Annual report on the working of the lock hospitals in the North-Western Provinces and Oudh
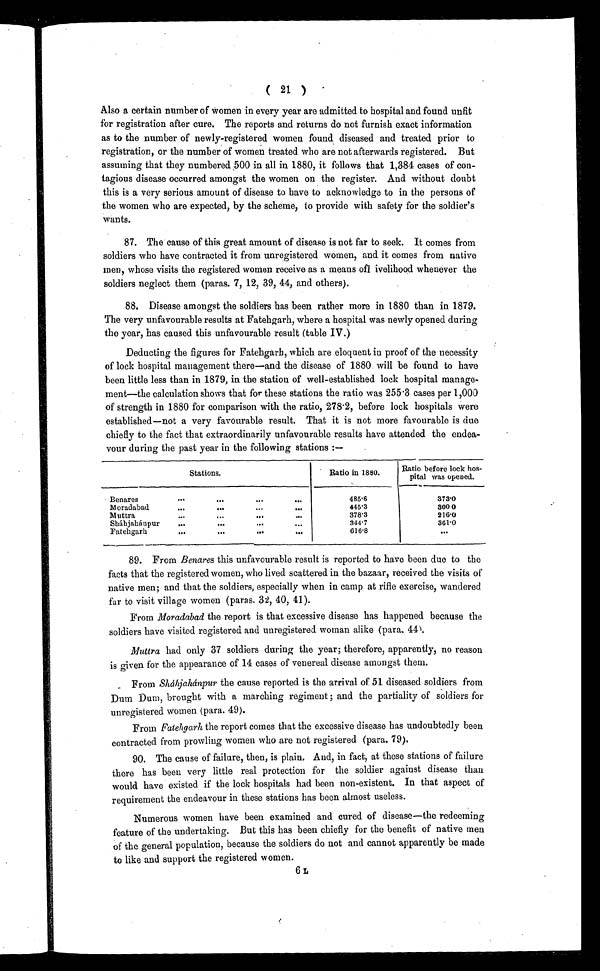
( 21 )
Also a certain number of women in every year are admitted to hospital and found unfit
for registration after cure. The reports and returns do not furnish exact information
as to the number of newly-registered women found diseased and treated prior to
registration, or the number of women treated who are not afterwards registered. But
assuming that they numbered 500 in all in 1880, it follows that 1,384 cases of con-
tagious disease occurred amongst the women on the register. And without doubt
this is a very serious amount of disease to have to acknowledge to in the persons of
the women who are expected, by the scheme, to provide with safety for the soldier's
wants.
87. The cause of this great amount of disease is not far to seek. It comes from
soldiers who have contracted it from unregistered women, and it comes from native
men, whose visits the registered women receive as a means ofl ivelihood whenever the
soldiers neglect them (paras. 7, 12, 39, 44, and others).
88. Disease amongst the soldiers has been rather more in 1880 than in 1879.
The very unfavourable results at Fatehgarh, where a hospital was newly opened during
the year, has caused this unfavourable result (table IV.)
Deducting the figures for Fatehgarh, which are eloquent in proof of the necessity
of lock hospital management there—and the disease of 1880 will be found to have
been little less than in 1879, in the station of well-established lock hospital manage-
ment—the calculation shows that for these stations the ratio was 255.3 cases per 1,000
of strength in 1880 for comparison with the ratio, 278.2, before lock hospitals were
established—not a very favourable result. That it is not more favourable is due
chiefly to the fact that extraordinarily unfavourable results have attended the endea-
vour during the past year in the following stations :—
Stations.
Ratio in 1880.
Ratio before lock hos -
pital was opened.
B enares
...
...
... ...
485.6
373.0
Moradabad
...
...
...
. . .
445.3
300.0
Muttra
...
...
. . .
378.3
216.0
Shájáhánpur
...
...
...
. . .
344.7
361.0
Fatehgarh
...
...
...
. . .
616.8
...
89. From Benares this unfavourable result is reported to have been due to the
facts that the registered women, who lived scattered in the bazaar, received the visits of
native men; and that the soldiers, especially when in camp at rifle exercise, wandered
far to visit village women (paras. 32, 40, 41).
From Moradabad the report is that excessive disease has happened because the
soldiers have visited registered and unregistered woman alike (para. 44).
Muttra had only 37 soldiers during the year; therefore, apparently, no reason
is given for the appearance of 14 cases of venereal disease amongst them.
From Sháhjáhánpur the cause reported is the arrival of 51 diseased soldiers from
Dum Dum, brought with a marching regiment ; and the partiality of soldiers for
unregistered women (para. 49).
From Fatehgarh the report comes that the excessive disease has undoubtedly been
contracted from prowling women who are not registered (para. 79).
90. The cause of failure, then, is plain. And, in fact, at these stations of failure
there has been very little real protection for the soldier against disease than
would have existed if the lock hospitals had been non-existent. In that aspect of
requirement the endeavour in these stations has been almost useless.
Numerous women have been examined and cured of disease—the redeeming
feature of the undertaking. But this has been chiefly for the benefit of native men
of the general population, because the soldiers do not and cannot apparently be made
to like and support the registered women.
6L